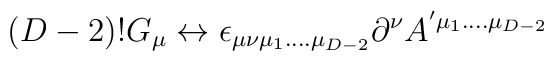
(D-2)! G_{\mu} \leftrightarrow\epsilon_{\mu\nu\mu_{1}....\mu_{D-2}} \partial^{\nu}A^{'\mu_{1}....\mu_{D-2}}